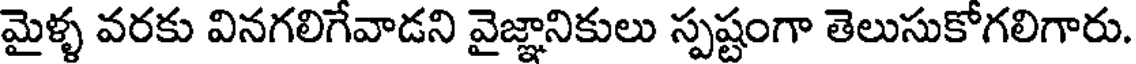
మైళ్ళ వరకు వినగలిగేవాడని వైజ్ఞానికులు స్పష్టంగా తెలుసుకోగలిగారు.